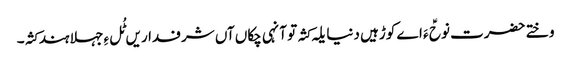
وختے حضرت نوحؑ ءَ اے کوڑہیں دنیا یلہ کثہ تو آنہی چکاں آں شرفداریں ٹُل ءِ جہلا ہند کثہ۔